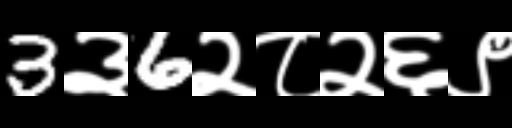
Text: 3३6२८२६९